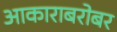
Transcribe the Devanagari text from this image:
आकाराबरोबर